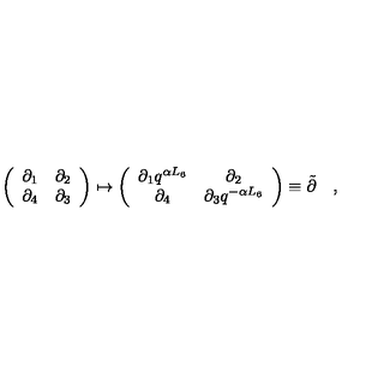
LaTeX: \left( \begin{array} { c c } { \partial _ { 1 } } & { \partial _ { 2 } } \\ { \partial _ { 4 } } & { \partial _ { 3 } } \\ \end{array} \right) \mapsto \left( \begin{array} { c c } { \partial _ { 1 } q ^ { \alpha L _ { 6 } } } & { \partial _ { 2 } } \\ { \partial _ { 4 } } & { \partial _ { 3 } q ^ { - \alpha L _ { 6 } } } \\ \end{array} \right) \equiv \tilde { \partial } \quad ,